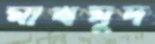
মাখমুদ